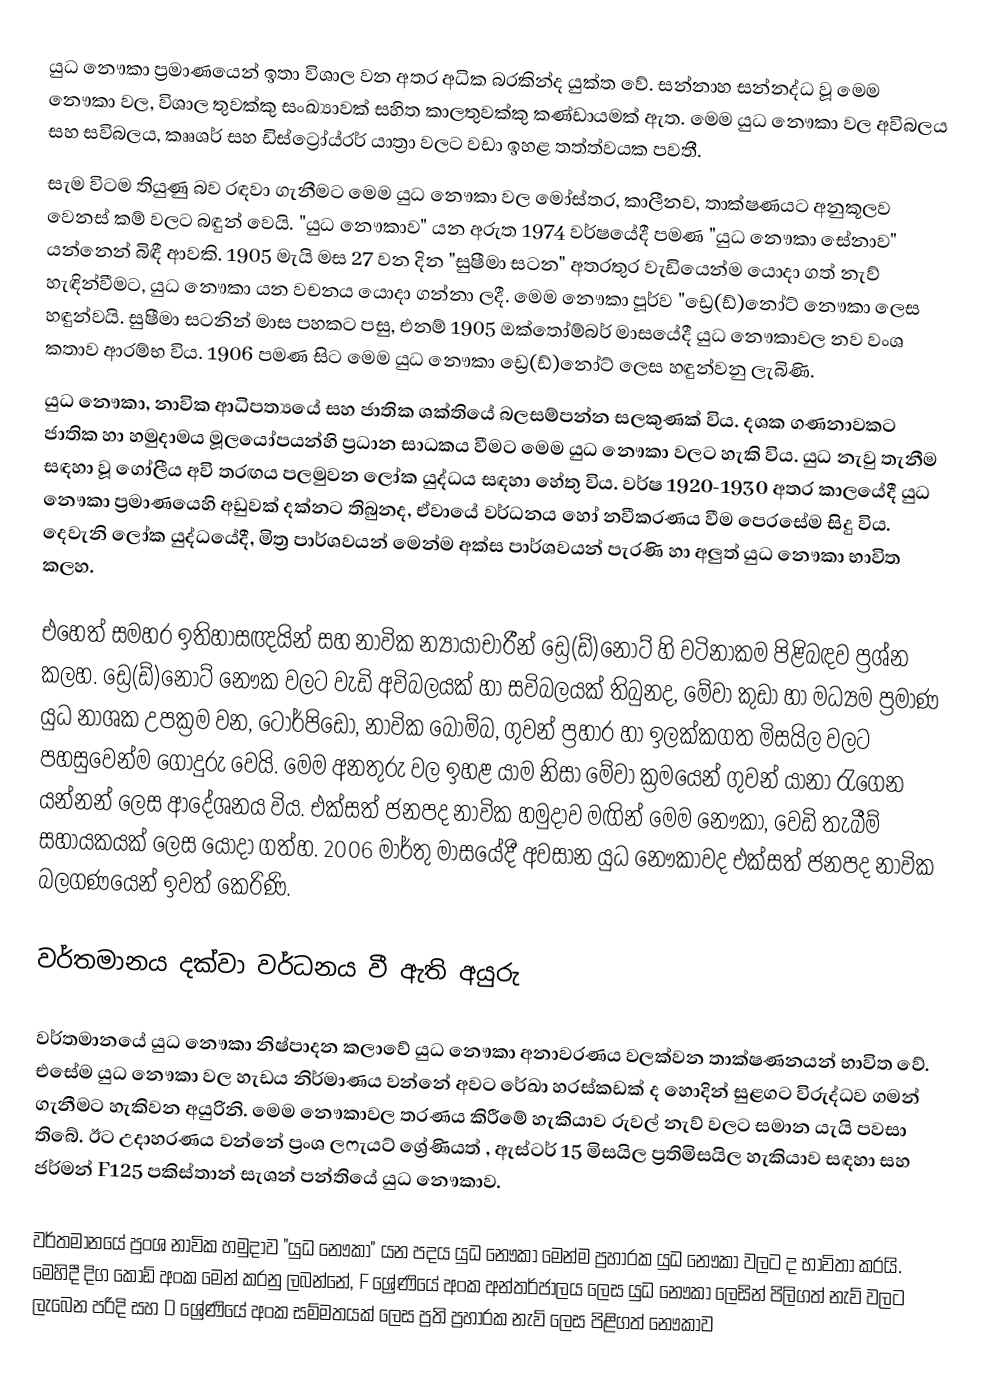
යුධ නෞකා ප්‍රමාණයෙන් ඉතා විශාල වන අතර අධික බරකින්ද යුක්ත වේ. සන්නාහ සන්නද්ධ වූ මෙම නෞකා වල, විශාල තුවක්කු සංඛ්‍යාවක් සහිත කාලතුවක්කු කණ්ඩායමක් ඇත. මෙම යුධ නෞකා වල අවිබලය සහ සවිබලය, කෲශර් සහ ඩිස්ට්‍රෝය්‍රර් යාත්‍රා වලට වඩා ඉහළ තත්ත්වයක පවතී.
සැම විටම තියුණු බව රඳවා ගැනීමට මෙම යුධ නෞකා වල මෝස්තර, කාලීනව, තාක්ෂණයට අනුකූලව වෙනස් කම් වලට බඳුන් වෙයි. "යුධ නෞකාව" යන අරුත 1974 වර්ෂයේදී පමණ "යුධ නෞකා සේනාව" යන්නෙන් බිඳී ආවකි. 1905 මැයි මස 27 වන දින "සුෂීමා සටන" අතරතුර වැඩියෙන්ම යොදා ගත් නැව් හැඳින්වීමට, යුධ නෞකා යන වචනය යොදා ගන්නා ලදී. මෙම නෞකා පූර්ව "ඩ්‍රෙ(ඩ්)නෝට් නෞකා ලෙස හඳුන්වයි. සුෂීමා සටනින් මාස පහකට පසු, එනම් 1905 ඔක්තෝම්බර් මාසයේදී යුධ නෞකාවල නව වංශ කතාව ආරම්භ විය. 1906 පමණ සිට මෙම යුධ නෞකා ඩ්‍රෙ(ඩ්)නෝට් ලෙස හඳුන්වනු ලැබිණි.
යුධ නෞකා, නාවික ආධිපත්‍යයේ සහ ජාතික ශක්තියේ බලසම්පන්න සලකුණක් විය. දශක ගණනාවකට ජාතික හා හමුදාමය මූලයෝපයන්හි ප්‍රධාන සාධකය වීමට මෙම යුධ නෞකා වලට හැකි විය. යුධ නැවු තැනීම සඳහා වූ ගෝලීය අවි තරඟය පලමුවන ලෝක යුද්ධය සඳහා හේතු විය. වර්ෂ 1920-1930 අතර කාලයේදී යුධ නෞකා ප්‍රමාණයෙහි අඩුවක් දක්නට තිබුනද, ඒවායේ වර්ධනය හෝ නවීකරණය වීම පෙරසේම සිදු විය. දෙවැනි ලෝක යුද්ධයේදී, මිත්‍ර පාර්ශවයන් මෙන්ම අක්ස පාර්ශවයන් පැරණි හා අලුත් යුධ නෞකා භාවිත කලහ.

එහෙත් සමහර ඉතිහාසඥයින් සහ නාවික න්‍යායාචාරීන් ඩ්‍රෙ(ඩ්)නෝට් හි වටිනාකම පිළිබඳව ප්‍රශ්න කලහ. ඩ්‍රෙ(ඩ්)නෝට් නෞක වලට වැඩි අවිබලයක් හා සවිබලයක් තිබුනද, මේවා කුඩා හා මධ්‍යම ප්‍රමාණ යුධ නාශක උපක්‍රම වන, ටොර්පිඩෝ, නාවික බෝම්බ, ගුවන් ප්‍රහාර හා ඉලක්කගත මිසයිල වලට පහසුවෙන්ම  ගොදුරු වෙයි. මෙම අනතුරු වල ඉහළ යාම නිසා මේවා ක්‍රමයෙන් ගුවන් යානා රැගෙන යන්නන් ලෙස ආදේශනය විය. එක්සත් ජනපද නාවික හමුදාව මඟින් මෙම නෞකා, වෙඩි තැබීම් සහායකයක් ලෙස යොදා ගත්හ. 2006 මාර්තු මාසයේදී අවසාන යුධ නෞකාවද එක්සත් ජනපද නාවික බලගණයෙන් ඉවත් කෙරිණි.

වර්තමානය දක්වා වර්ධනය වී ඇති අයුරු

වර්තමානයේ යුධ නෞකා නිෂ්පාදන කලාවේ යුධ නෞකා අනාවරණය වලක්වන තාක්ෂණ‍නයන් භාවිත වේ. එසේම යුධ නෞකා වල හැඩය නිර්මාණය වන්නේ අවට රේඛා හරස්කඩක් ද හොදින් සුළගට විරුද්ධව ගමන් ගැනීමට හැකිවන අයුරිනි. මෙම නෞකාවල තරණය කිරීමේ හැකියාව රුවල් නැව් වලට සමාන යැයි පවසා තිබේ. ඊට උදාහරණය වන්නේ ප්‍රංශ ලෆැයට් ශ්‍රේණියත් , ඇස්ටර් 15 මිසයිල  ප්‍රතිමිසයිල  හැකියාව සඳහා සහ ජර්මන් F125 පකිස්තාන් සැශන් පන්තියේ යුධ නෞකාව.

වර්තමානයේ ප්‍රංශ නාවික හමුදාව "යුධ නෞකා" යන පදය යුධ නෞකා මෙන්ම ප්‍රහාරක යුධ නෞකා වලට ද භාවිතා කරයි. මෙහිදී දිග කොඩ් අංක මෙන් කරනු ලබන්නේ, F ශ්‍රේණියේ අංක අන්තර්ජාලය ලෙස යුධ නෞකා ලෙසින් පිලිගත් නැව් වලට ලැබෙන පරිදි සහ D ශ්‍රේණියේ අංක සම්මතයක් ලෙස ප්‍රති ප්‍රහාරක නැව් ලෙස පිළිගත් නෞකාව